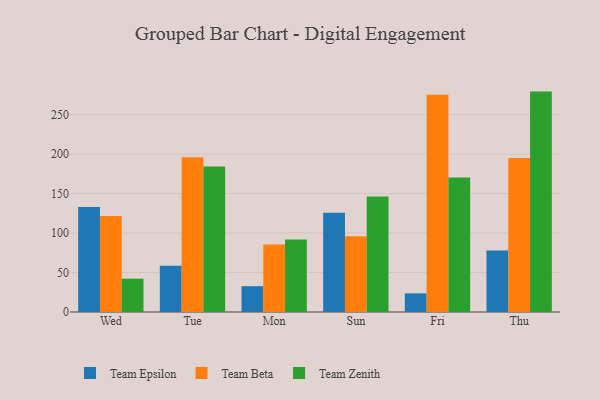
{"axis": {"x": "Day", "y": "Shipments"}, "legend": ["Team Beta", "Team Epsilon", "Team Zenith"], "data": [{"x": "Wed", "y": 133.0, "type": "Team Epsilon"}, {"x": "Wed", "y": 121.6, "type": "Team Beta"}, {"x": "Wed", "y": 42.2, "type": "Team Zenith"}, {"x": "Tue", "y": 58.5, "type": "Team Epsilon"}, {"x": "Tue", "y": 196.0, "type": "Team Beta"}, {"x": "Tue", "y": 184.4, "type": "Team Zenith"}, {"x": "Mon", "y": 32.7, "type": "Team Epsilon"}, {"x": "Mon", "y": 85.6, "type": "Team Beta"}, {"x": "Mon", "y": 91.8, "type": "Team Zenith"}, {"x": "Sun", "y": 125.7, "type": "Team Epsilon"}, {"x": "Sun", "y": 96.1, "type": "Team Beta"}, {"x": "Sun", "y": 146.4, "type": "Team Zenith"}, {"x": "Fri", "y": 23.6, "type": "Team Epsilon"}, {"x": "Fri", "y": 275.1, "type": "Team Beta"}, {"x": "Fri", "y": 170.4, "type": "Team Zenith"}, {"x": "Thu", "y": 78.0, "type": "Team Epsilon"}, {"x": "Thu", "y": 195.2, "type": "Team Beta"}, {"x": "Thu", "y": 279.2, "type": "Team Zenith"}]}